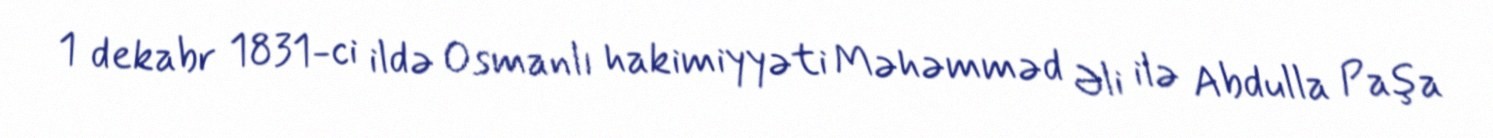
1 dekabr 1831-ci ildə Osmanlı hakimiyyəti Məhəmməd Əli ilə Abdulla Paşa